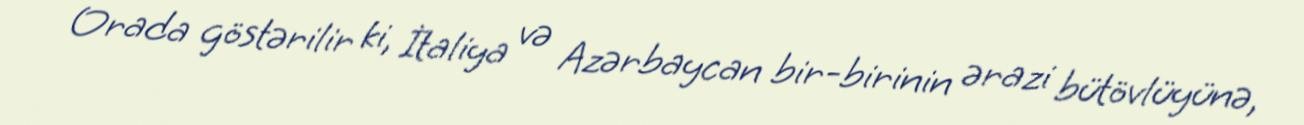
Orada göstərilir ki, İtaliya və Azərbaycan bir-birinin ərazi bütövlüyünə,